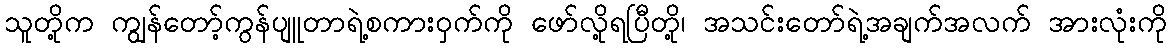
သူတို့က ကျွန်တော့်ကွန်ပျူတာရဲ့စကားဝှက်ကို ဖော်လို့ရပြီတို့၊ အသင်းတော်ရဲ့အချက်အလက် အားလုံးကို